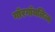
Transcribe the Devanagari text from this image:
गॉरगॉयलिज्म